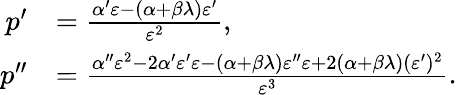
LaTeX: \begin{array}{rl}{p^{\prime}}&{=\frac{\alpha^{\prime}\varepsilon-(\alpha+\beta\lambda)\varepsilon^{\prime}}{\varepsilon^{2}},}\\ {p^{\prime\prime}}&{=\frac{\alpha^{\prime\prime}\varepsilon^{2}-2\alpha^{\prime}\varepsilon^{\prime}\varepsilon-(\alpha+\beta\lambda)\varepsilon^{\prime\prime}\varepsilon+2(\alpha+\beta\lambda)(\varepsilon^{\prime})^{2}}{\varepsilon^{3}}.}\end{array}